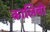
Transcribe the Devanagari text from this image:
कालिबो